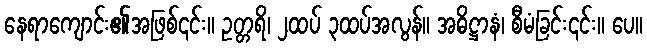
နေရာကျောင်း၏အဖြစ်၎င်း။ ဥတ္တရိ၊ ၂ထပ် ၃ထပ်အလွန်။ အဓိဋ္ဌာနံ၊ စီမံခြင်း၎င်း။ ပေ။